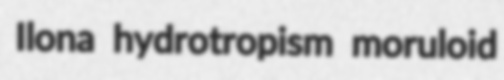
Ilona hydrotropism moruloid